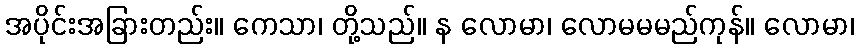
အပိုင်းအခြားတည်း။ ကေသာ၊ တို့သည်။ န လောမာ၊ လောမမမည်ကုန်။ လောမာ၊